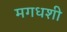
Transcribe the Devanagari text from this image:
मगधशी